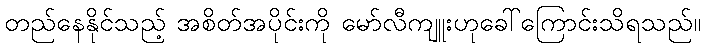
တည်နေနိုင်သည့် အစိတ်အပိုင်းကို မော်လီကျူးဟုခေါ်ကြောင်းသိရသည်။